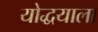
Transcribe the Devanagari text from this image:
योद्धयाला